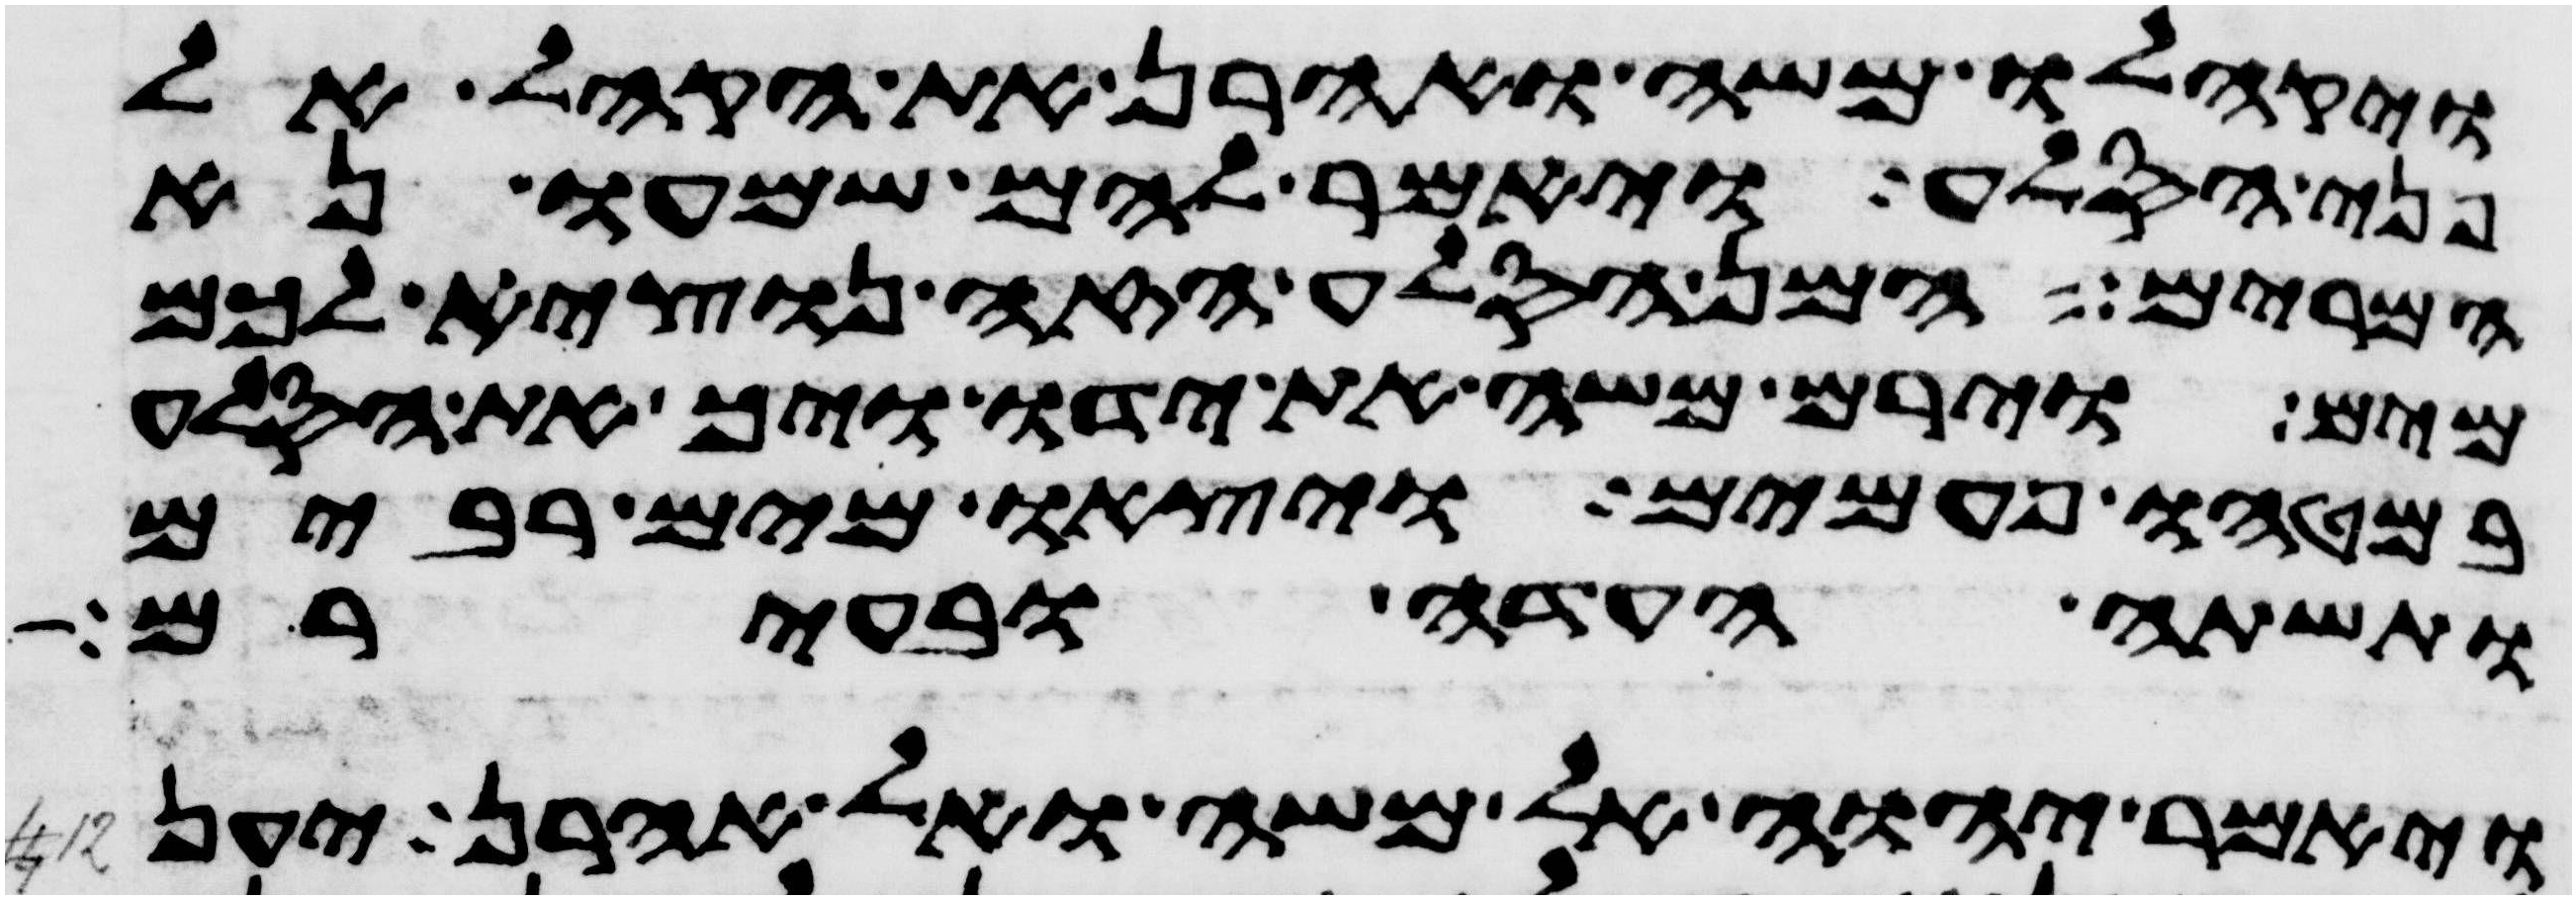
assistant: ויקהלו משה ואהרן את הקהל אל
פני הסלע ויאמר להם שמעו נא
המרים המן הסלע הזה נוציא לכם
מים וירם משה את ידו ויך את הסלע
במטהו פעמים ויצאו מים רבים
ותשת העדה ובעירם
ויאמר יהוה אל משה ואל אהרן יען